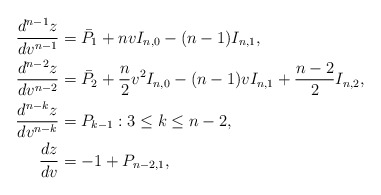
\begin{align*} \frac{d^{n-1}z}{dv^{n-1}}&=\bar{P}_1+nvI_{n,0}-(n-1)I_{n,1},\\ \frac{d^{n-2}z}{dv^{n-2}}&=\bar{P}_2+\frac{n}{2}v^2I_{n,0}-(n-1)vI_{n,1}+\frac{n-2}{2}I_{n,2},\\ \frac{d^{n-k}z}{dv^{n-k}}&=P_{k-1}:3\leq k\leq n-2,\\ \frac{dz}{dv}&=-1+P_{n-2,1},\end{align*}